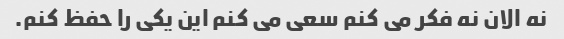
نه الان نه فکر می کنم سعی می کنم این یکی را حفظ کنم.